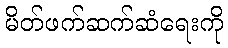
မိတ်ဖက်ဆက်ဆံရေးကို